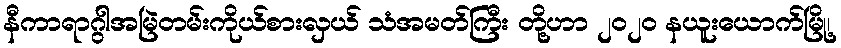
နီကာရာဂွါအမြဲတမ်းကိုယ်စားလှယ် သံအမတ်ကြီး တို့ဟာ ၂၀၂၀ နယူးယောက်မြို့၊